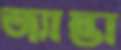
জ্যান্তা